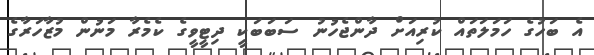
އެ ބަހުގެ ހަމަލަތައް ކުރިއަށް ދާންޖެހުނު ސަބަބަކީ ދިޓީވީގެ ކެމެރާ މަނުން މުޒާހަރާގެ